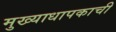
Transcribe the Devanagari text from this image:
मुख्याधापकाची